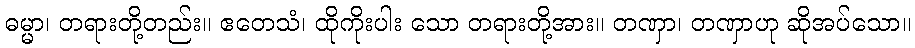
ဓမ္မာ၊ တရားတို့တည်း။ ဧတေသံ၊ ထိုကိုးပါး သော တရားတို့အား။ တဏှာ၊ တဏှာဟု ဆိုအပ်သော။